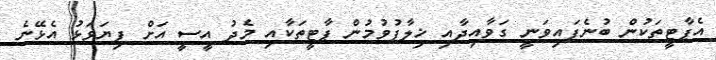
އެޕާޓީތަކުން ބުނެފައިވަނީ ގަވާއިދާއި ޚިލާފުވުމުން ޕާޓީތަކާއި މެދު އީސީ އަށް ފިޔަވަޅު އެޅޭނެ